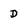
Character: D